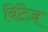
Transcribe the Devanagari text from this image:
विंटेज़